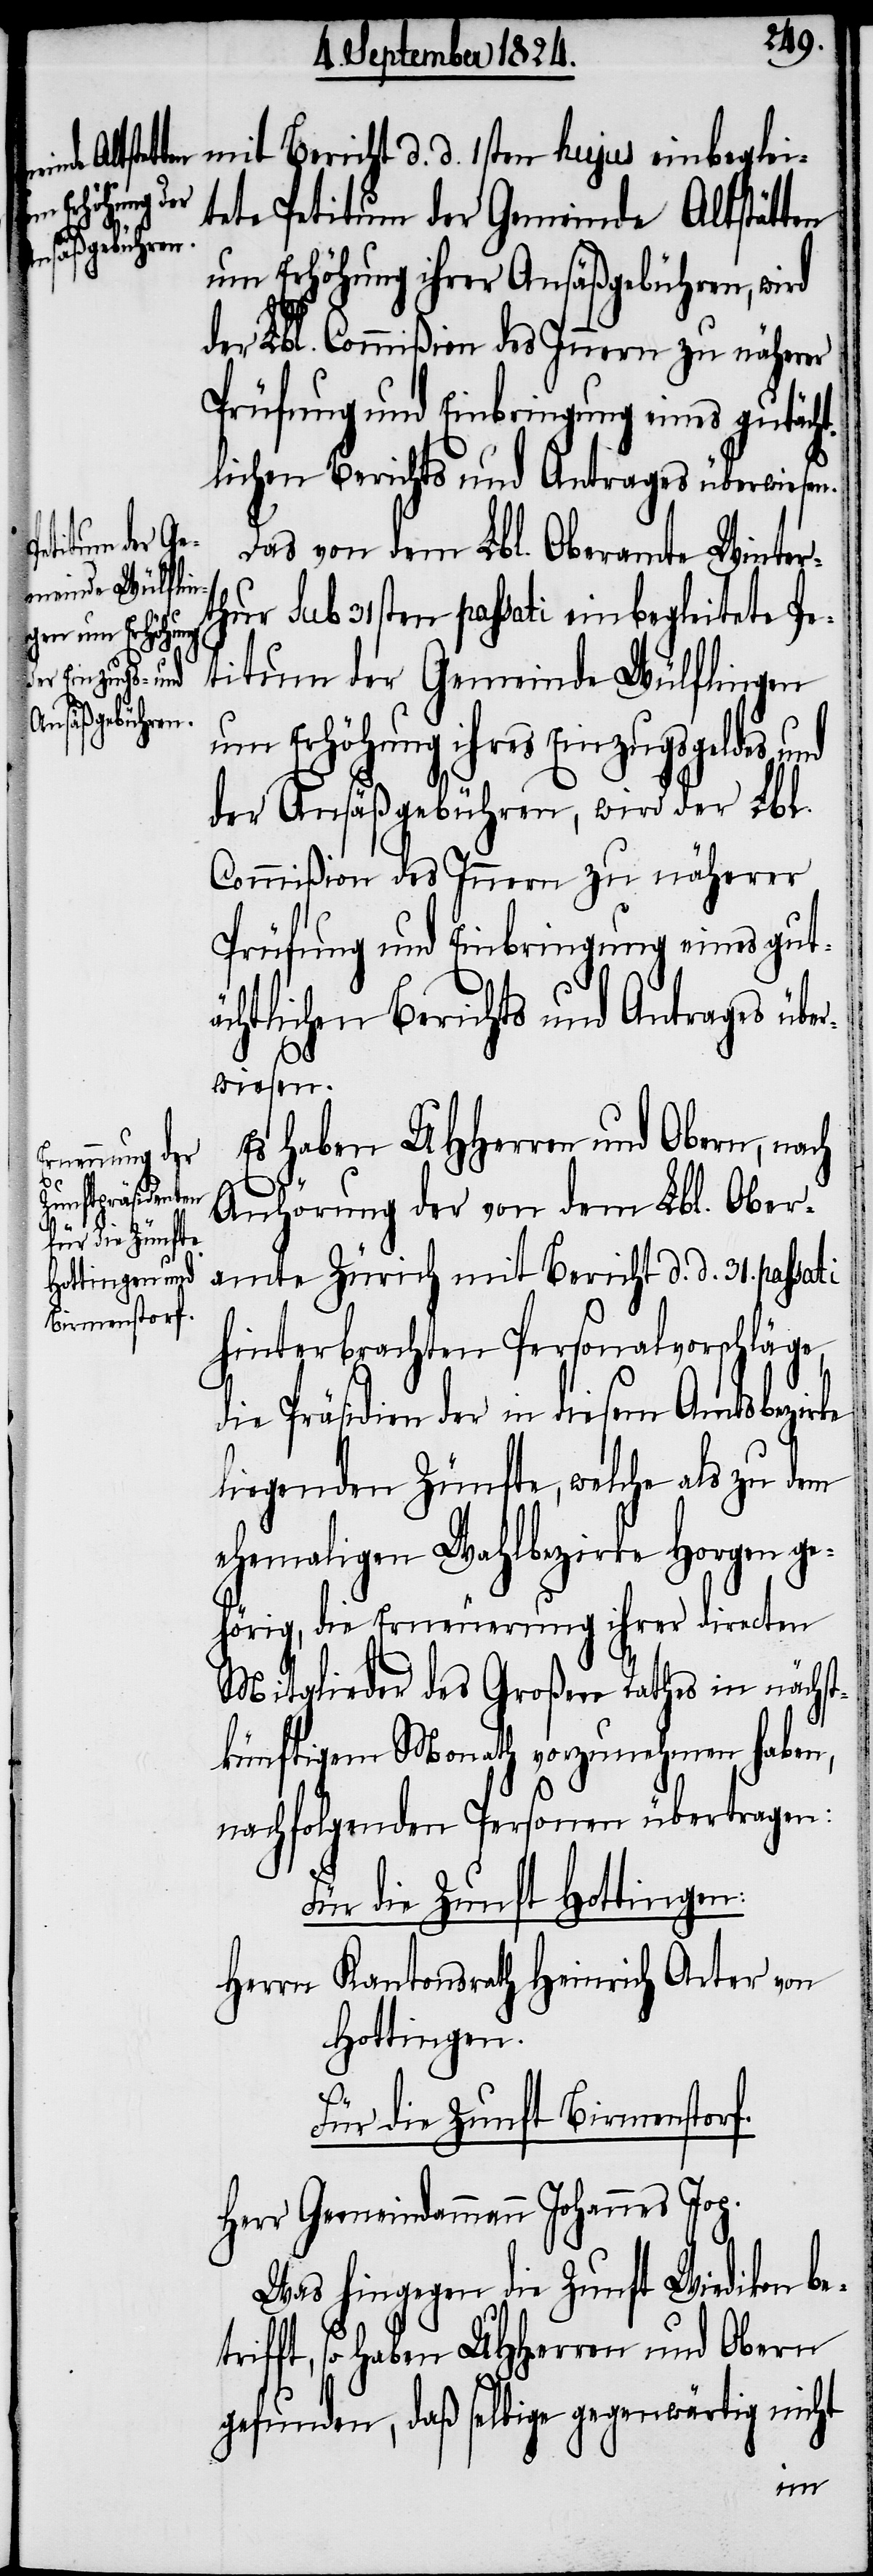
etr¬

mit Bericht d. d. 1sten hujus einbeglei¬
tete Petitum der Gemeinde Altstätten
um Erhöhung ihrer Ansäßgebühren, wird
der Lbl. Commißion des Innern zu näherer
Prüfung und Einbringung eines gutächt¬
lichen Berichts und Antrages überwiesen.
Das von dem Lbl. Oberamte Winter¬
thur sub 31sten passati einbegleitete Pe¬
titum der Gemeinde Wülflingen
um Erhöhung ihres Einzugsgeldes und
der Ansäßgebühren, wird der Lbl.
Commißion des Innern zu näherer
Es haben UHHerren und Obern, nach
Anhörung der von dem Lbl. Ober¬
amte Zürich mit Bericht d. d. 31. passati
hinterbrachten Personalvorschläge,
die Präsidien der in diesem Amtsbezirke
liegenden Zünfte, welche als zu dem
ehemaligen Wahlbezirke Horgen ge¬
hörig, die Erneuerung ihrer directen
Mitglieder des Großen Rathes in nächst¬
künftigem Monath vorzunehmen haben,
nachfolgenden Personen übertragen:
Für die Zunft Hottingen:
Herr Kantonsrath Heinrich Arter von
Hottingen.
Für die Zunft Birmenstorf.
Herr Gemeindammann Johannes Jop.
Was hingegen die Zunft Wiedikon b¬
ifft, so haben UHHerren und Obern
gefunden, daß selbige gegenwärtig nicht